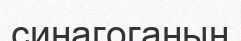
синагоганың